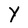
Character: Y